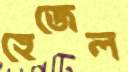
হেজেল